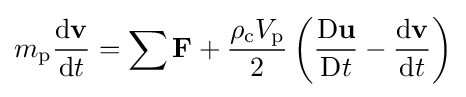
m_{\mathrm {p} }{\frac {\mathrm {d} \mathbf {v} }{\mathrm {d} t}}=\sum \mathbf {F} +{\frac {\rho _{\mathrm {c} }V_{\mathrm {p} }}{2}}\left({\frac {\mathrm {D} \mathbf {u} }{\mathrm {D} t}}-{\frac {\mathrm {d} \mathbf {v} }{\mathrm {d} t}}\right)